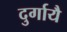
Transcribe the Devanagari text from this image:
दुर्गायै